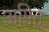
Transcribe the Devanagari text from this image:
अपितू